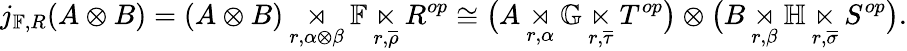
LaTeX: j_{\mathbb{F},R}(A\otimes B)=(A\otimes B)\underset{r,\alpha\otimes\beta}{\rtimes}\mathbb{F}\underset{r,\overline{{\rho}}}{\ltimes}R^{op}\cong\big(A\underset{r,\alpha}{\rtimes}\mathbb{G}\underset{r,\overline{{\tau}}}{\ltimes}T^{op}\big)\otimes\big(B\underset{r,\beta}{\rtimes}\mathbb{H}\underset{r,\overline{{\sigma}}}{\ltimes}S^{op}\big).